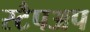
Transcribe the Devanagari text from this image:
स्टैपअप